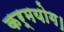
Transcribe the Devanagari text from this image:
कर्मयोग।